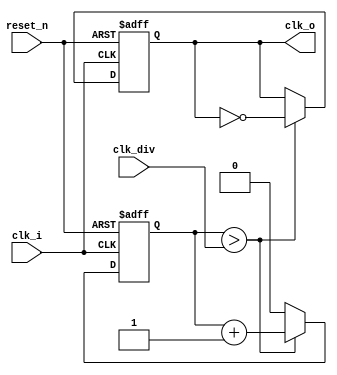
module clk_divider (
    reset_n,
    clk_div,
    clk_i,
    clk_o
);
    
    input  wire reset_n;
    input  wire [15:0] clk_div;//divisor, let firmware to calculate it
    input  wire clk_i;
    output wire clk_o;

    assign clk_o = clk;

    reg  cnt;
    wire cnt_nx = (cnt > clk_div) ? (cnt + 1'b1) : 1'b0;
    always @(posedge clk_i or negedge reset_n) begin
        if (!reset_n) begin
            cnt <= 0;
        end else begin
            cnt <= cnt_nx;
        end
    end

    reg  clk;
    wire clk_nx = (cnt > clk_div) ? ~clk : clk;
    always @(posedge clk_i or negedge reset_n) begin
        if (!reset_n) begin
            clk <= 0;
        end else begin
            clk <= clk_nx;
        end
    end
endmodule